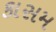
કાસમ